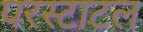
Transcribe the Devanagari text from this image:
परस्टाटल